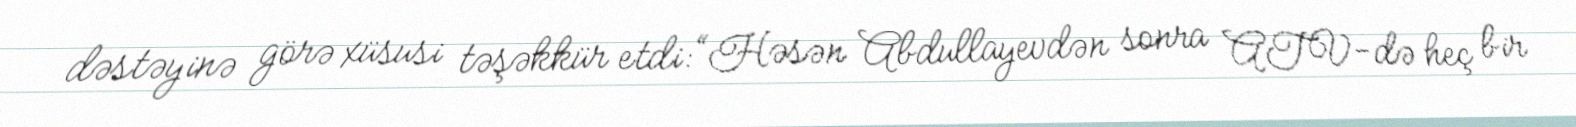
dəstəyinə görə xüsusi təşəkkür etdi: “Həsən Abdullayevdən sonra ATV-də heç bir